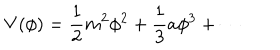
V ( \phi ) = \frac { 1 } { 2 } m ^ { 2 } \phi ^ { 2 } + \frac { 1 } { 3 } a \phi ^ { 3 } + \cdots